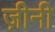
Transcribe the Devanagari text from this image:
ज़ीनी